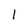
Character: 1